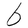
Character: b